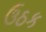
ઉઠક